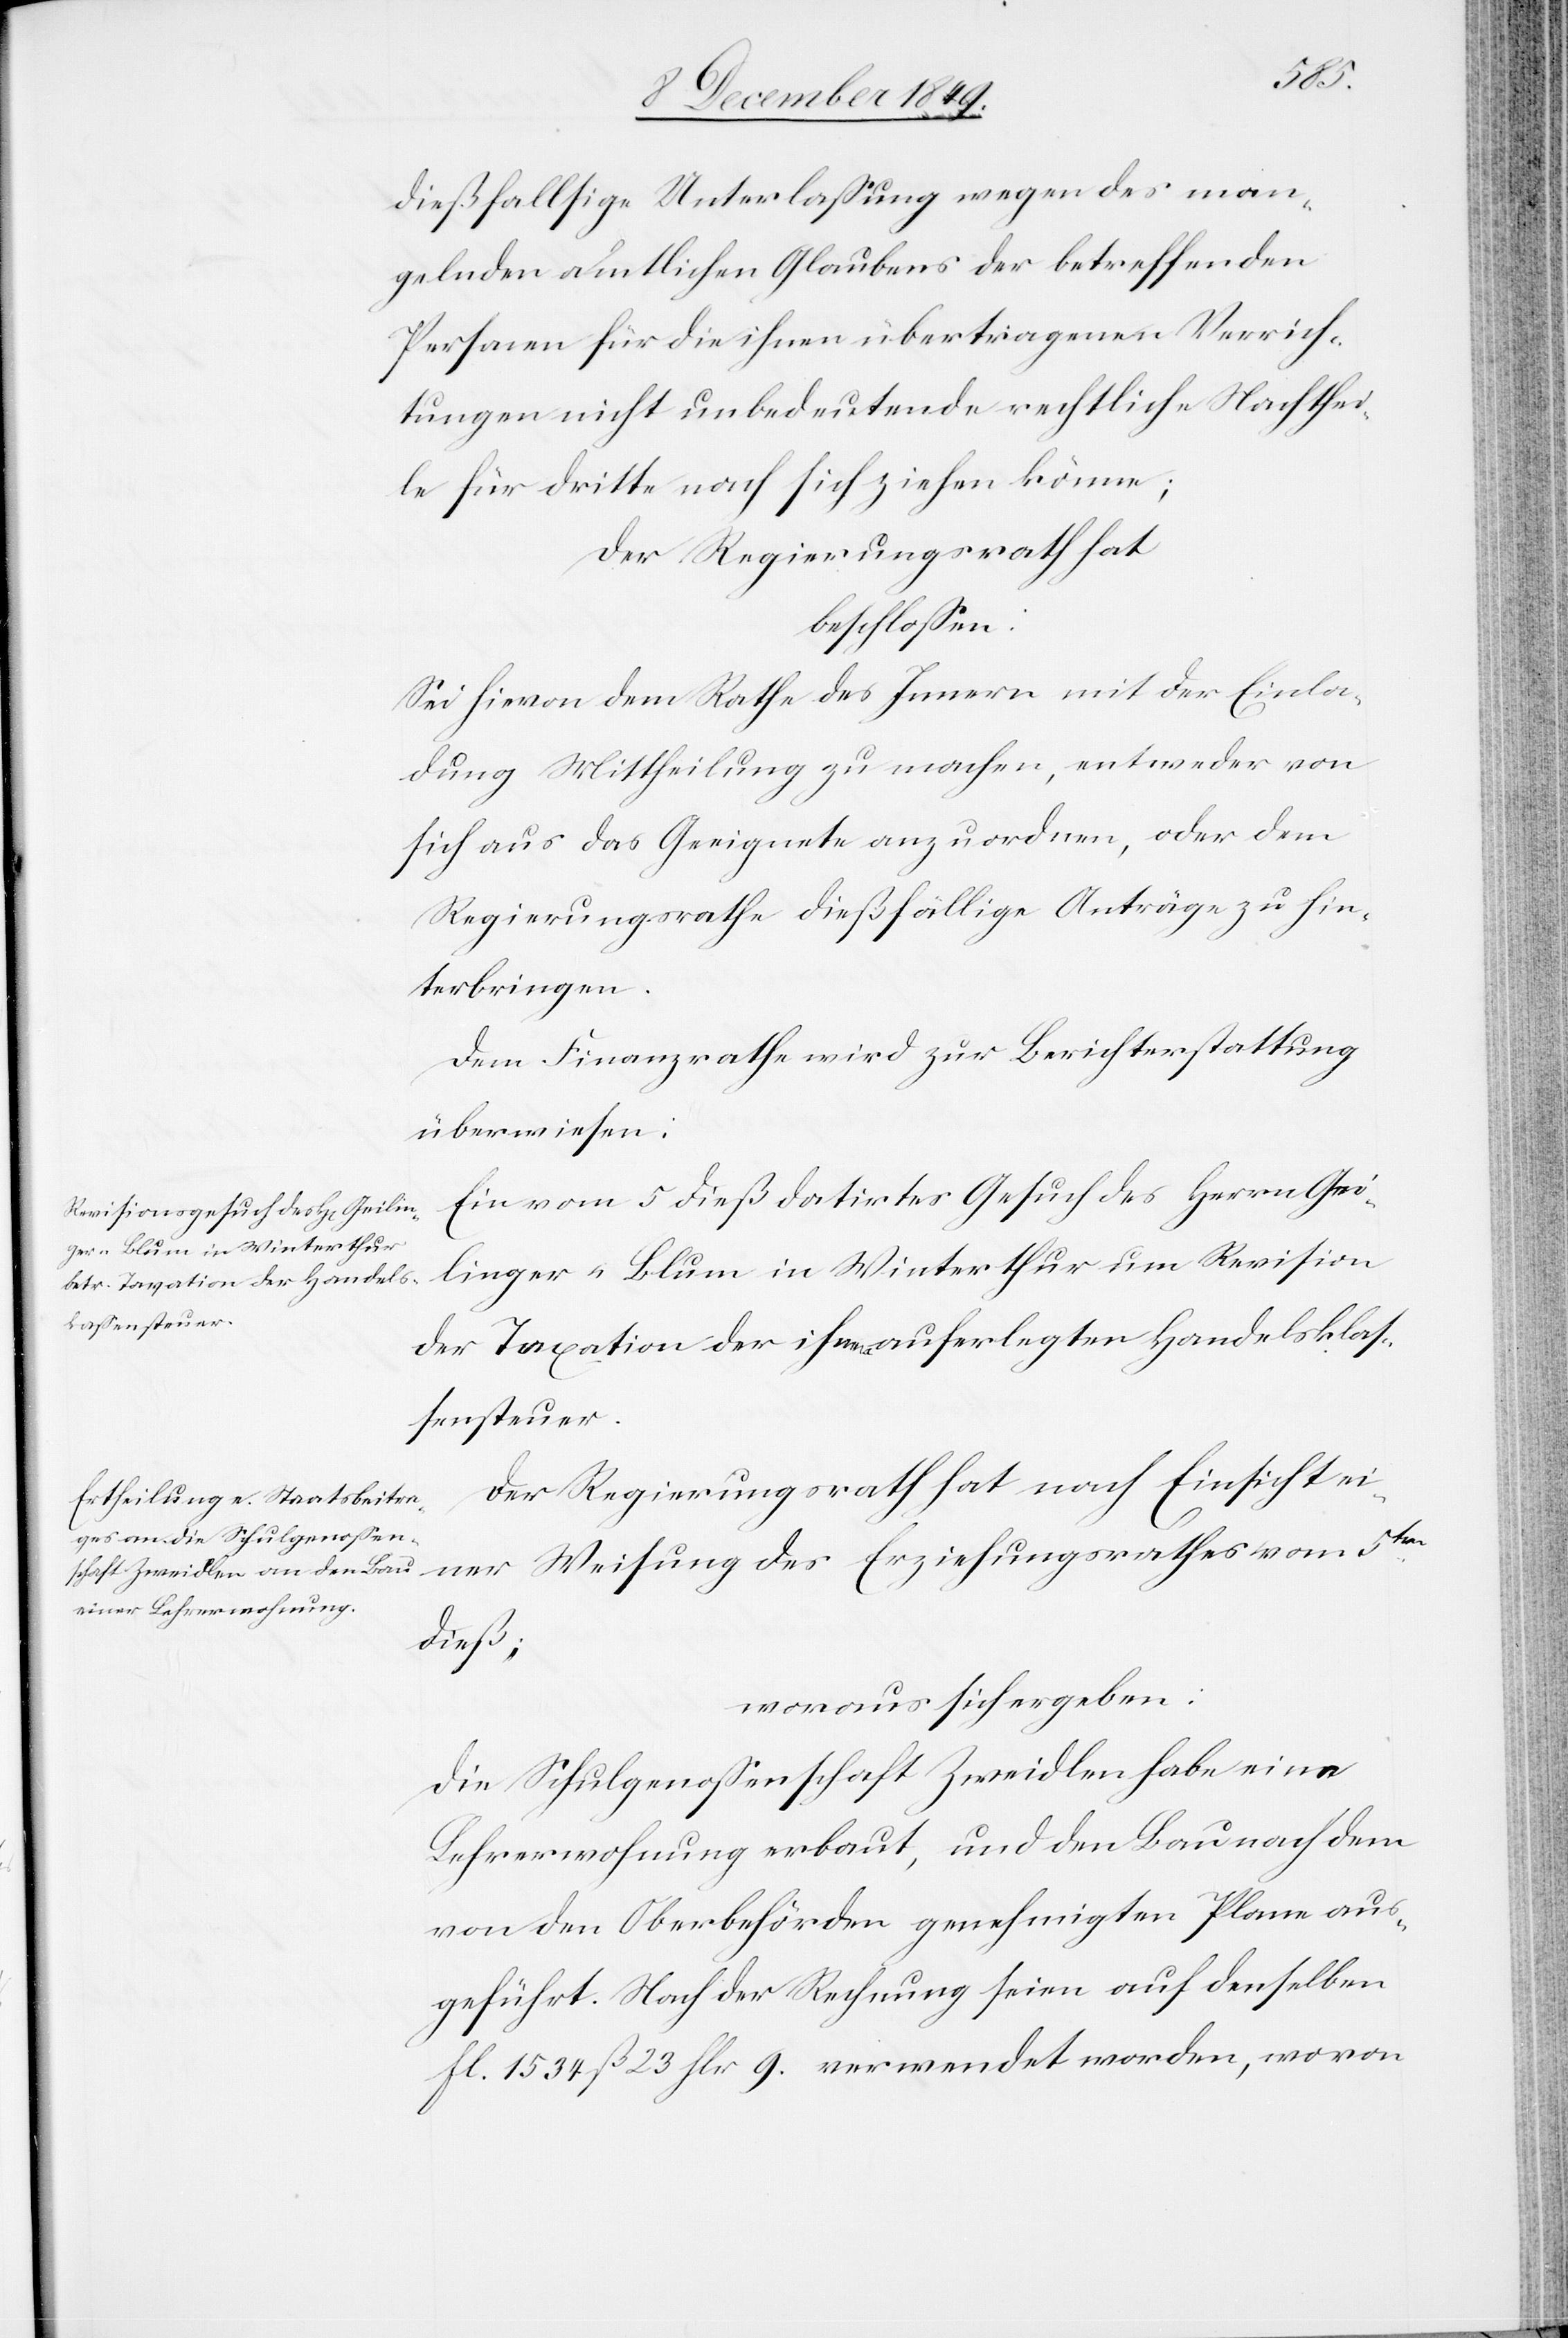
dießfallsige Unterlaßung wegen des man¬
gelnden amtlichen Glaubens der betreffenden
Personen für die ihnen übertragenen Verrich¬
tungen nicht unbedeutende rechtliche Nachthei¬
le für dritte nach sich ziehen könne;
Der Regierungsrath hat
beschloßen:
Sei hievon dem Rathe des Innern mit der Einla¬
dung Mittheilung zu machen, entweder von
sich aus das Geeignete anzuordnen, oder dem
Regierungsrathe dießfällige Anträge zu hin¬
terbringen.
Ein vom 5 dieß datirtes Gesuch des Herrn Gei¬
linger-Blum in Winterthur um Revision
der Taxation der ihnen auferlegten Handelsklaß¬
ensteuer.
Der Regierungsrath hat nach Einsicht ei¬
ner Weisung des Erziehungsrathes vom 5ten
dieß;
woraus sich ergeben:
Die Schulgenoßenschaft Zweidlen habe eine
Lehrerwohnung erbaut, und den Bau nach dem
von den Oberbehörden genehmigten Plane aus¬
geführt. Nach der Rechnung seien auf denselben
fl. 1534 ß 23 flr. 9. verwendet worden, wovon